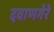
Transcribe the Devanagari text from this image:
दवाणगेरे